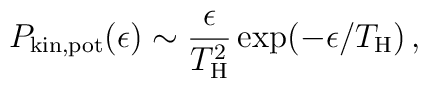
P_{\rm kin,pot}(\epsilon) \sim  {\epsilon\over{T^2_{\rm H}}}    \exp(-\epsilon/T_{\rm H}) \,,